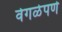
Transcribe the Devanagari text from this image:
वेगळेपणे